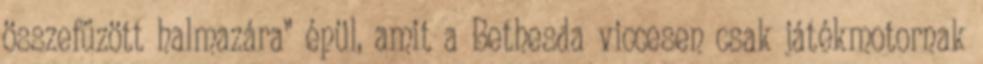
összefűzött halmazára” épül, amit a Bethesda viccesen csak játékmotornak